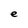
Character: e